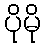
ပိုမို